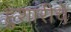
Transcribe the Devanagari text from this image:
हुशारीचे